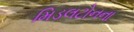
મિડલટોનના